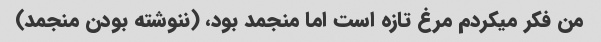
من فکر میکردم مرغ تازه است اما منجمد بود، (ننوشته بودن منجمد)